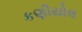
કણીયોલ